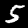
Label: 5